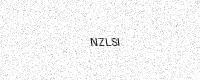
Text: NZLSI